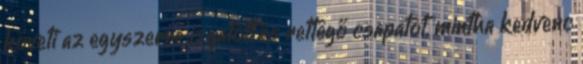
követi az egyszerre izgatott és rettegő csapatot, mintha kedvenc